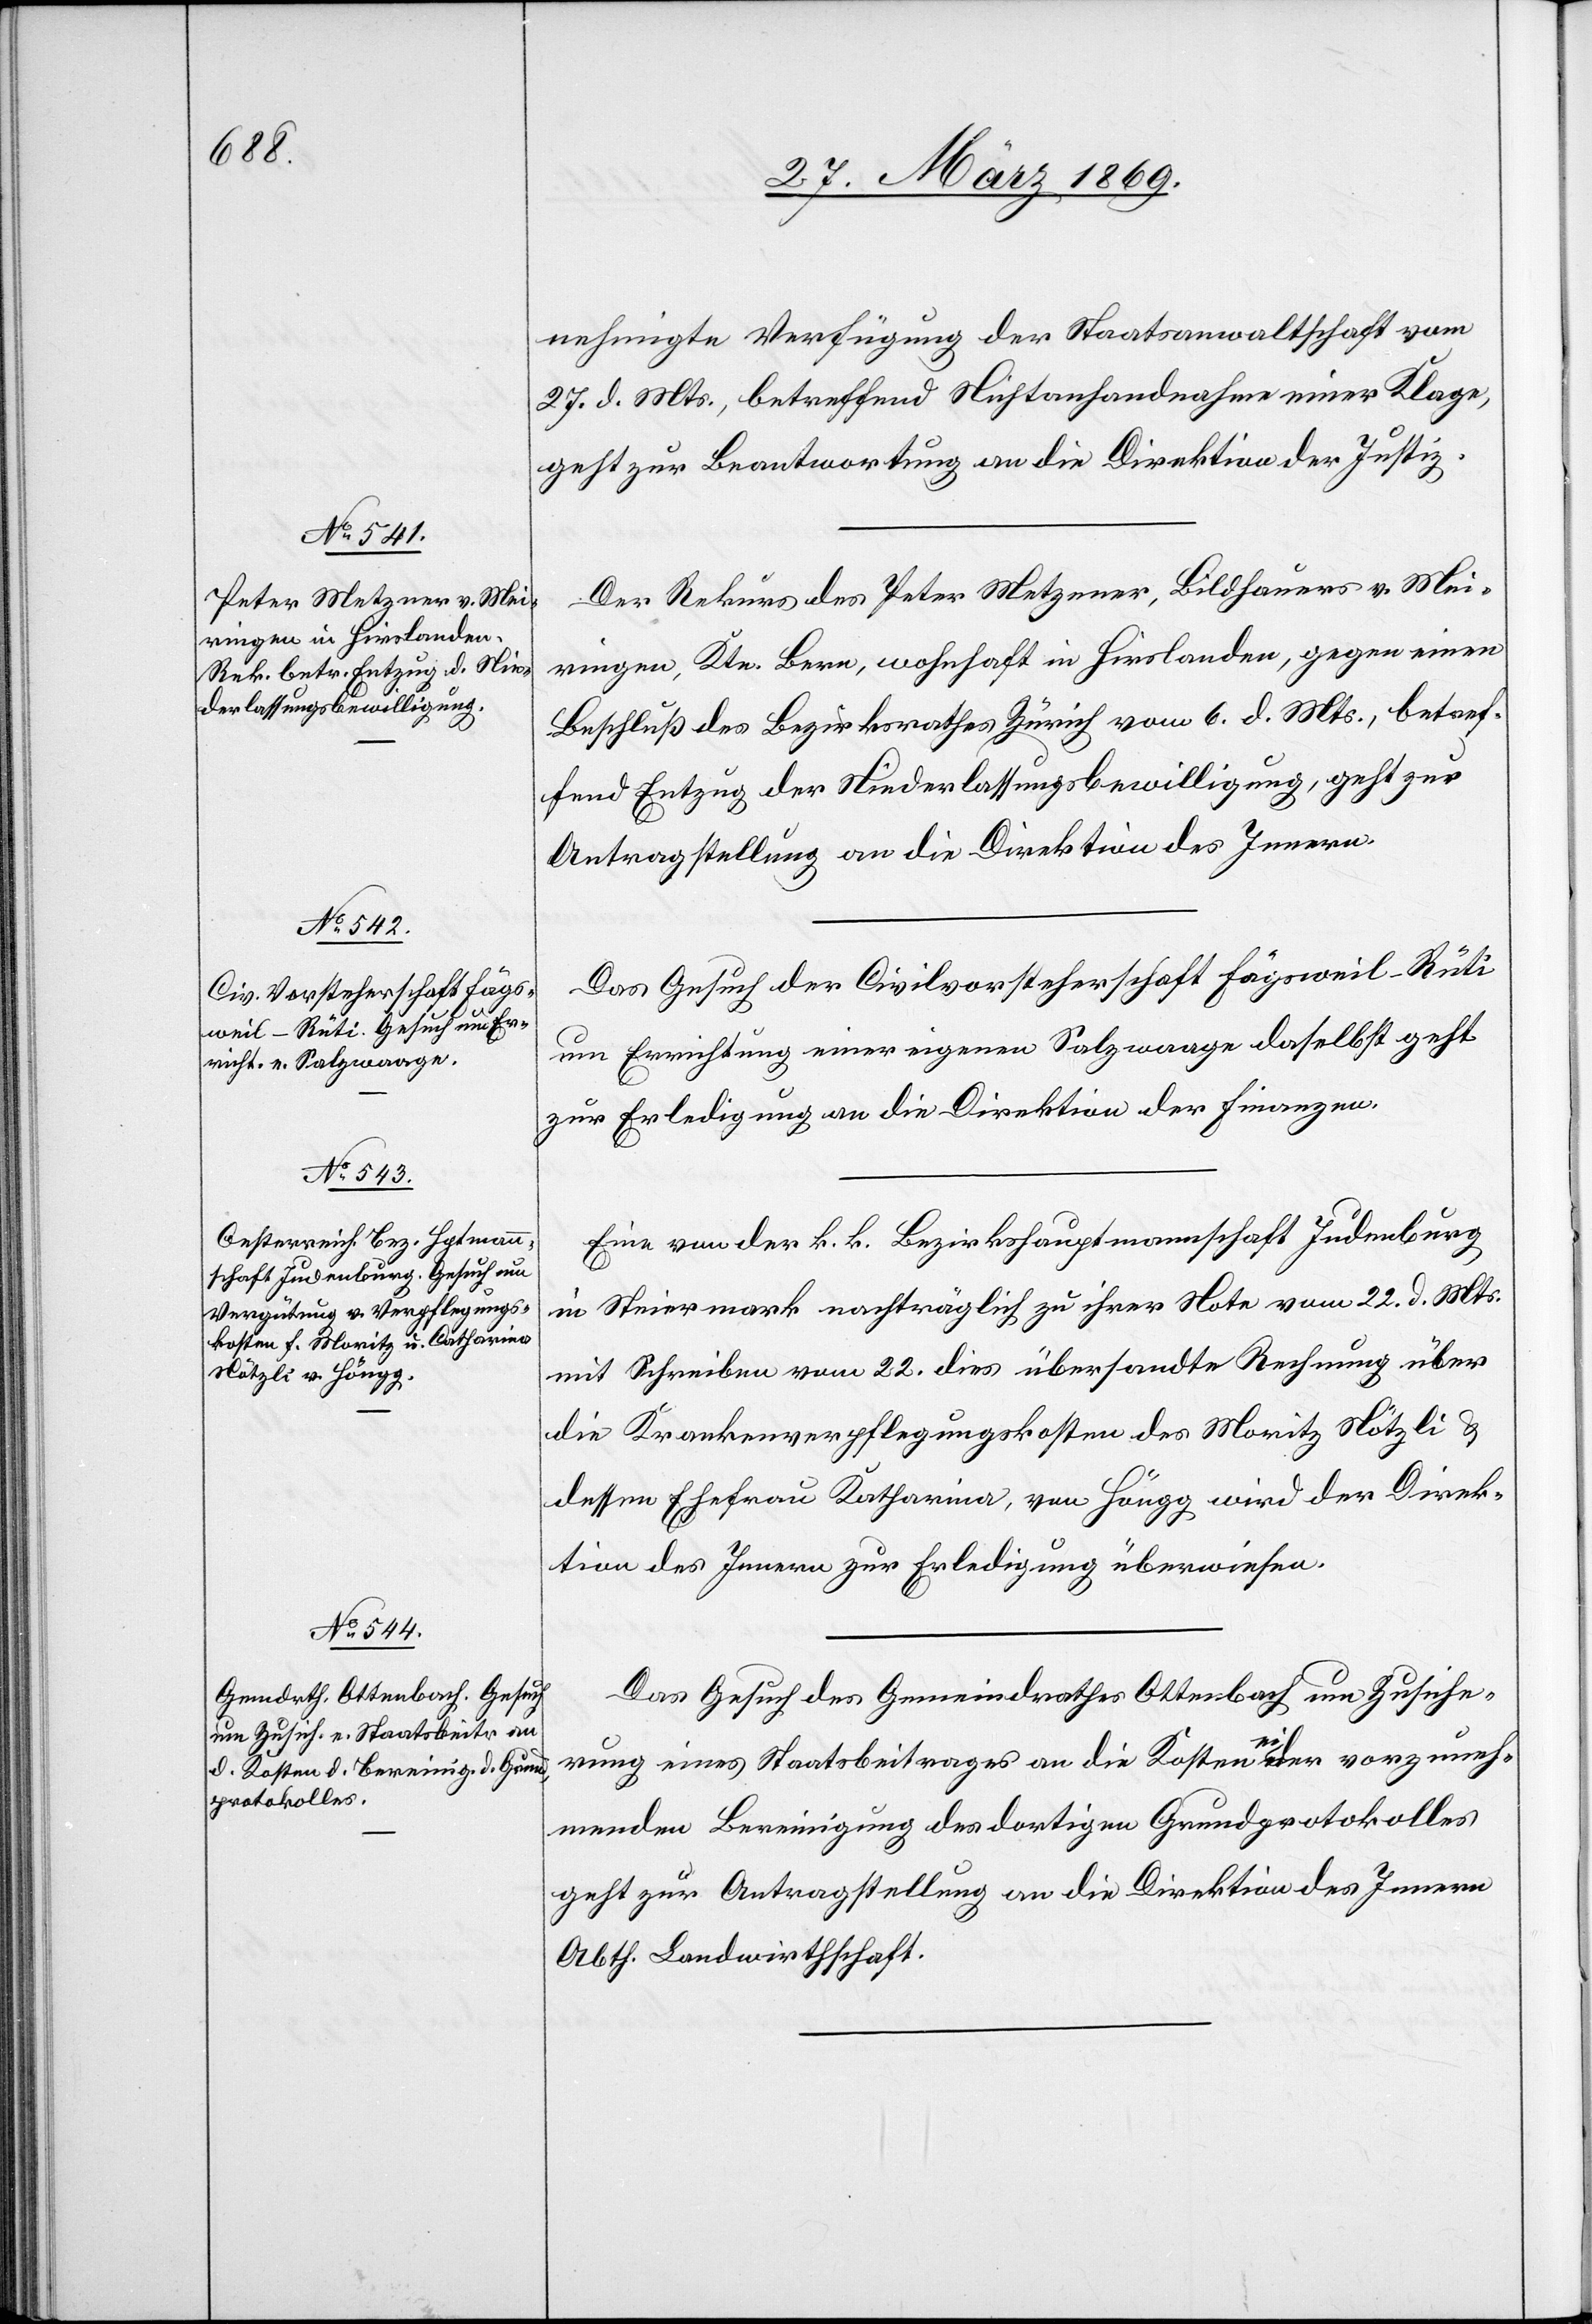
31. März 1869.]
nehmigte Verfügung der Staatsanwaltschaft vom
27. d. Mts., betreffend Nichtanhandnahme einer Klage,
geht zur Beantwortung an die Direktion der Justiz.
Der Rekurs des Peter Metzener, Bildhauers v. Mei¬
ringen, Ktn. Bern, wohnhaft in Hirslanden, gegen einen
Beschluß des Bezirksrathes Zürich vom 6. d. Mts., betref¬
fend Entzug der Niederlaßungsbewilligung, geht zur
Antragstellung an die Direktion des Innern.
Das Gesuch der Civilvorsteherschaft Fägsweil–Rüti
um Errichtung einer eigenen Salzwaage daselbst geht
zur Erledigung an die Direktion der Finanzen.
Eine von der k. k. Bezirkshauptmannschaft Judenburg
in Steiermark nachträglich zu ihrer Note vom 22. d. Mts.
mit Schreiben vom 22. dies übersandte Rechnung über
die Krankenpflegungskosten des Moritz Nötzli u.
dessen Ehefrau Katharina, von Höngg wird der Direk¬
tion des Innern zur Erledigung überwiesen.
Das Gesuch des Gemeindrathes Ottenbach um Zusiche¬
rung eines Staatsbeitrages an die Kosten einer vorzuneh¬
menden Bereinigung des dortigen Grundprotokolles
geht zur Antragstellung an die Direktion des Innern
Abth. Landwirthschaft.